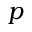
p